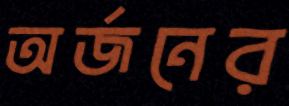
অর্জনের